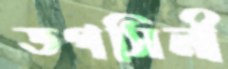
তপসিলী